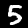
Label: 5